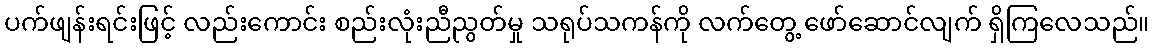
ပက်ဖျန်းရင်းဖြင့် လည်းကောင်း စည်းလုံးညီညွတ်မှု သရုပ်သကန်ကို လက်တွေ့ ဖော်ဆောင်လျက် ရှိကြလေသည်။